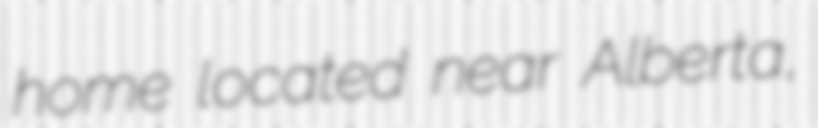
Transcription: home located near Alberta,